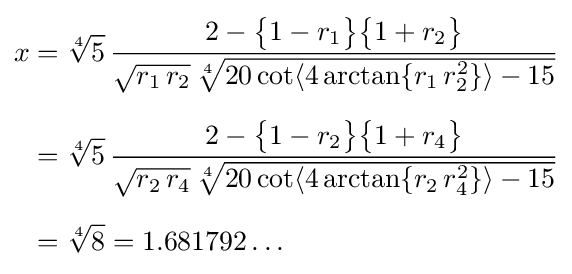
{\begin{aligned}x&={\sqrt[{4}]{5}}\,{\frac {2-{\bigl \{}1-r_{1}{\bigr \}}{\bigl \{}1+r_{2}{\bigr \}}}{{\sqrt {r_{1}\,r_{2}}}\,{\sqrt[{4}]{20\cot \langle 4\arctan\{r_{1}\,r_{2}^{2}\}\rangle -15}}}}\\[6pt]&={\sqrt[{4}]{5}}\,{\frac {2-{\bigl \{}1-r_{2}{\bigr \}}{\bigl \{}1+r_{4}{\bigr \}}}{{\sqrt {r_{2}\,r_{4}}}\,{\sqrt[{4}]{20\cot \langle 4\arctan\{r_{2}\,r_{4}^{2}\}\rangle -15}}}}\\[6pt]&={\sqrt[{4}]{8}}=1.681792\dots \end{aligned}}